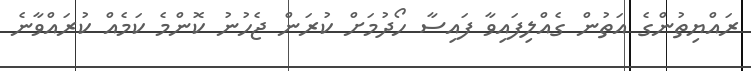
ރައްޔިތުންގެ އަތުން ގެއްލިފައިވާ ފައިސާ ހޯދުމަށް ކުރަން ޖެހުނު ކޮންމެ ކަމެއް ކުރައްވާނެ